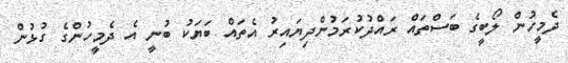
ދެމީހުން ލޯބީގެ ބަސްތައް ރައްދުކުރަމުންދިޔައިރު އެތައް ބަޔަކު ބުނީ އެ ދެމީހުންގެ ގުޅުން